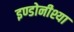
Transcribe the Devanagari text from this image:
इण्डोनीश्या